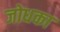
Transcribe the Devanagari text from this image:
जोधका